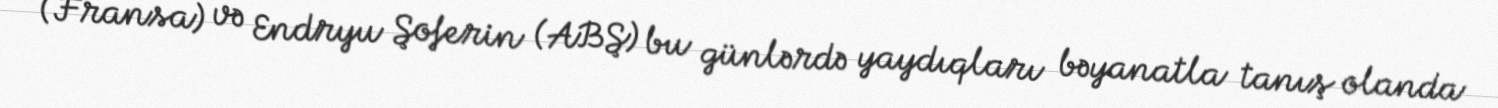
(Fransa) və Endryu Şoferin (ABŞ) bu günlərdə yaydıqları bəyanatla tanış olanda